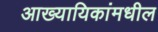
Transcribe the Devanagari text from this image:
आख्यायिकांमधील